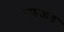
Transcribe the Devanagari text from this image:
ट्राइआड